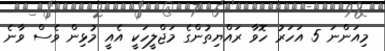
މިއަންނަ 5 އަހަރު ހޮވާ ރައްޔިތުންގެ މަޖްލީހަކީ އެއީ މުޅިން ވެސް ވާނެ